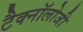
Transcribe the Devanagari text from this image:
टैक्नॉलोजी